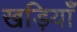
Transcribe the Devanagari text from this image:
खड़ियाँ